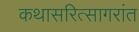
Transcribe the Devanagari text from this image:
कथासरित्सागरांत